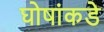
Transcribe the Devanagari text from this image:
घोषांकडे